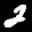
Label: 2